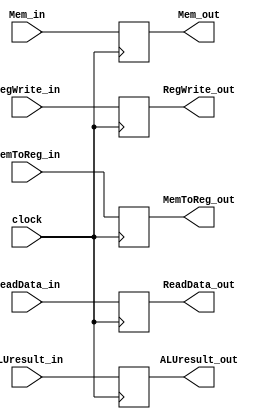
`timescale 1ns / 1ps
//////////////////////////////////////////////////////////////////////////////////
// Company: 
// Engineer: 
// 
// Design Name: 
// Module Name: DecodeExecute_Reg
// Project Name: 
// Target Devices: 
// Tool Versions: 
// Description: 
// 
// Dependencies: 
// 
// Revision:
// Revision 0.01 - File Created
// Additional Comments:
// 
//////////////////////////////////////////////////////////////////////////////////


module MemWB_Reg(
    input wire clock,
    input wire[31:0] ReadData_in, ALUresult_in, Mem_in,
    input wire RegWrite_in, MemToReg_in,
    output reg [31:0] ReadData_out, ALUresult_out, Mem_out,
    output reg RegWrite_out, MemToReg_out
    );
    
    always@(posedge clock) begin
        ReadData_out = ReadData_in;
        ALUresult_out = ALUresult_in;
        Mem_out = Mem_in;
        
        RegWrite_out = RegWrite_in;
        MemToReg_out = MemToReg_in;
    end
endmodule